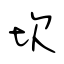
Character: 坎